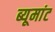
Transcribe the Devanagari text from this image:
ब्यूमांट